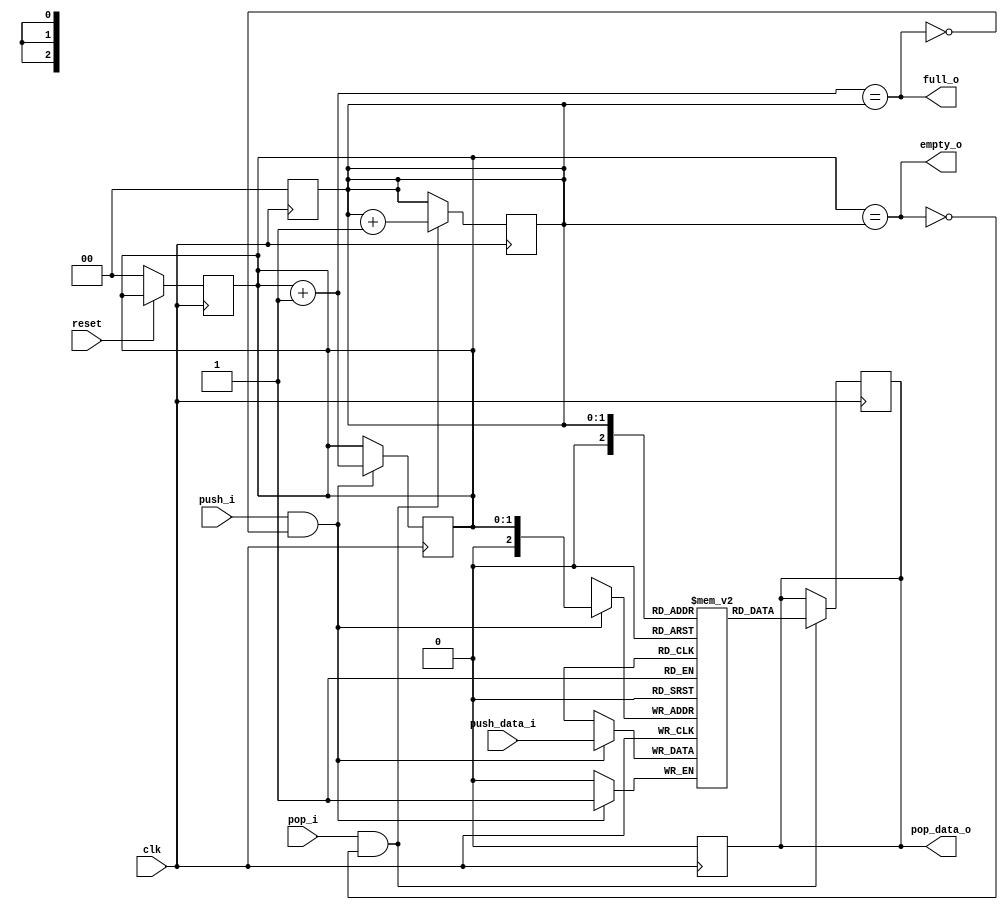
`timescale 1ns / 1ps

//Day 19 module
//Synchronous parameterized FIFO.
module Day18
#(parameter DEPTH = 4,
  parameter DATA_W = 1
)(
 input clk,
 input reset,
 input push_i,
 input [DATA_W-1:0]push_data_i,
 input pop_i,
 output reg[DATA_W-1:0]pop_data_o,
 output full_o,
 output empty_o
    );
    
    //Pointer length
    parameter PTR = $clog2(DEPTH);
    
    reg [PTR-1:0]wr_ptr;
    reg [PTR-1:0]rd_ptr;
    reg [DATA_W-1:0]memory [DEPTH:0];
    always @(posedge clk)
      begin
        if(!reset)
          wr_ptr <= 0;
          rd_ptr <= 0;
          pop_data_o <= 0;
      end
      
      
      //Write data in FIFO
      always @(posedge clk)
        begin
         if(push_i & !full_o)
           begin
            memory[wr_ptr] <= push_data_i;
            wr_ptr <= wr_ptr + 1;
           end
        end
        
        
        //Reading data from fifo
        always @(posedge clk)
          begin
             if(pop_i & !empty_o)
               begin
                pop_data_o <= memory[rd_ptr];
                rd_ptr <= rd_ptr + 1;
               end
          end
          
       assign full_o = ((wr_ptr + 1'b1) == rd_ptr);
       assign empty_o = (wr_ptr == rd_ptr);
       
endmodule